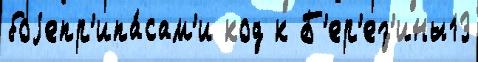
боjепр'ипа́сам'и код к Б'ер'ез'ины13